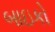
બાઇકો